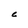
Character: C